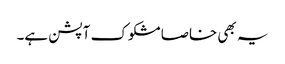
یہ بھی خاصا مشکوک آپشن ہے۔